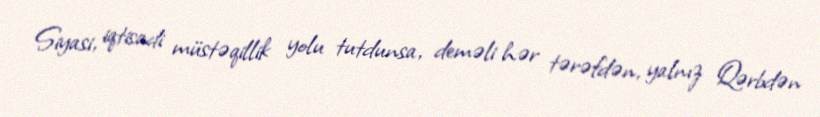
Siyasi, iqtisadi müstəqillik yolu tutdunsa, deməli hər tərəfdən, yalnız Qərbdən